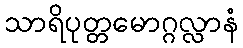
သာရိပုတ္တမောဂ္ဂလ္လာနံ